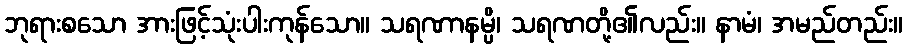
ဘုရားစသော အားဖြင့်သုံးပါးကုန်သော။ သရဏာနမ္ပိ၊ သရဏတို့၏လည်း။ နာမံ၊ အမည်တည်း။